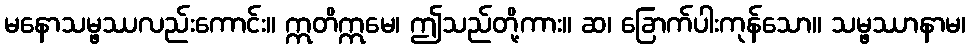
မနောသမ္ဖဿလည်းကောင်း။ ဣတိဣမေ၊ ဤသည်တို့ကား။ ဆ၊ ခြောက်ပါးကုန်သော။ သမ္ဖဿာနာမ၊